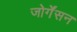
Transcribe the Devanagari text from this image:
जोर्गेंसन